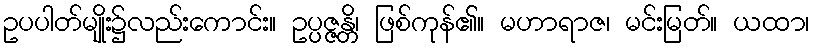
ဥပပါတ်မျိုး၌လည်းကောင်း။ ဥပ္ပဇ္ဇန္တိ၊ ဖြစ်ကုန်၏။ မဟာရာဇ၊ မင်းမြတ်။ ယထာ၊